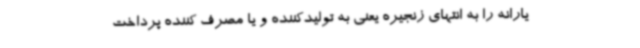
یارانه را به انتهای زنجیره یعنی به تولیدکننده و یا مصرف کننده پرداخت